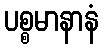
ပစ္စမာနာနံ